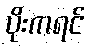
ပိုးကရင်